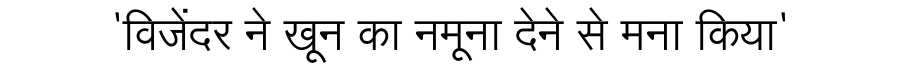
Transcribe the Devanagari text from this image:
'विजेंदर ने खून का नमूना देने से मना किया'